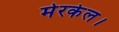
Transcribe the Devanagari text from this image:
मेरकेल।